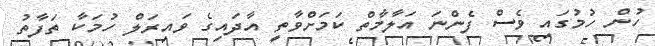
ހުން ހުމުގައި ވެސް ފެންނަ އަލާމާތް ކަމަށްވާތީ އާދައިގެ ވައިރަލް ހުމަކާ ތަފާތު